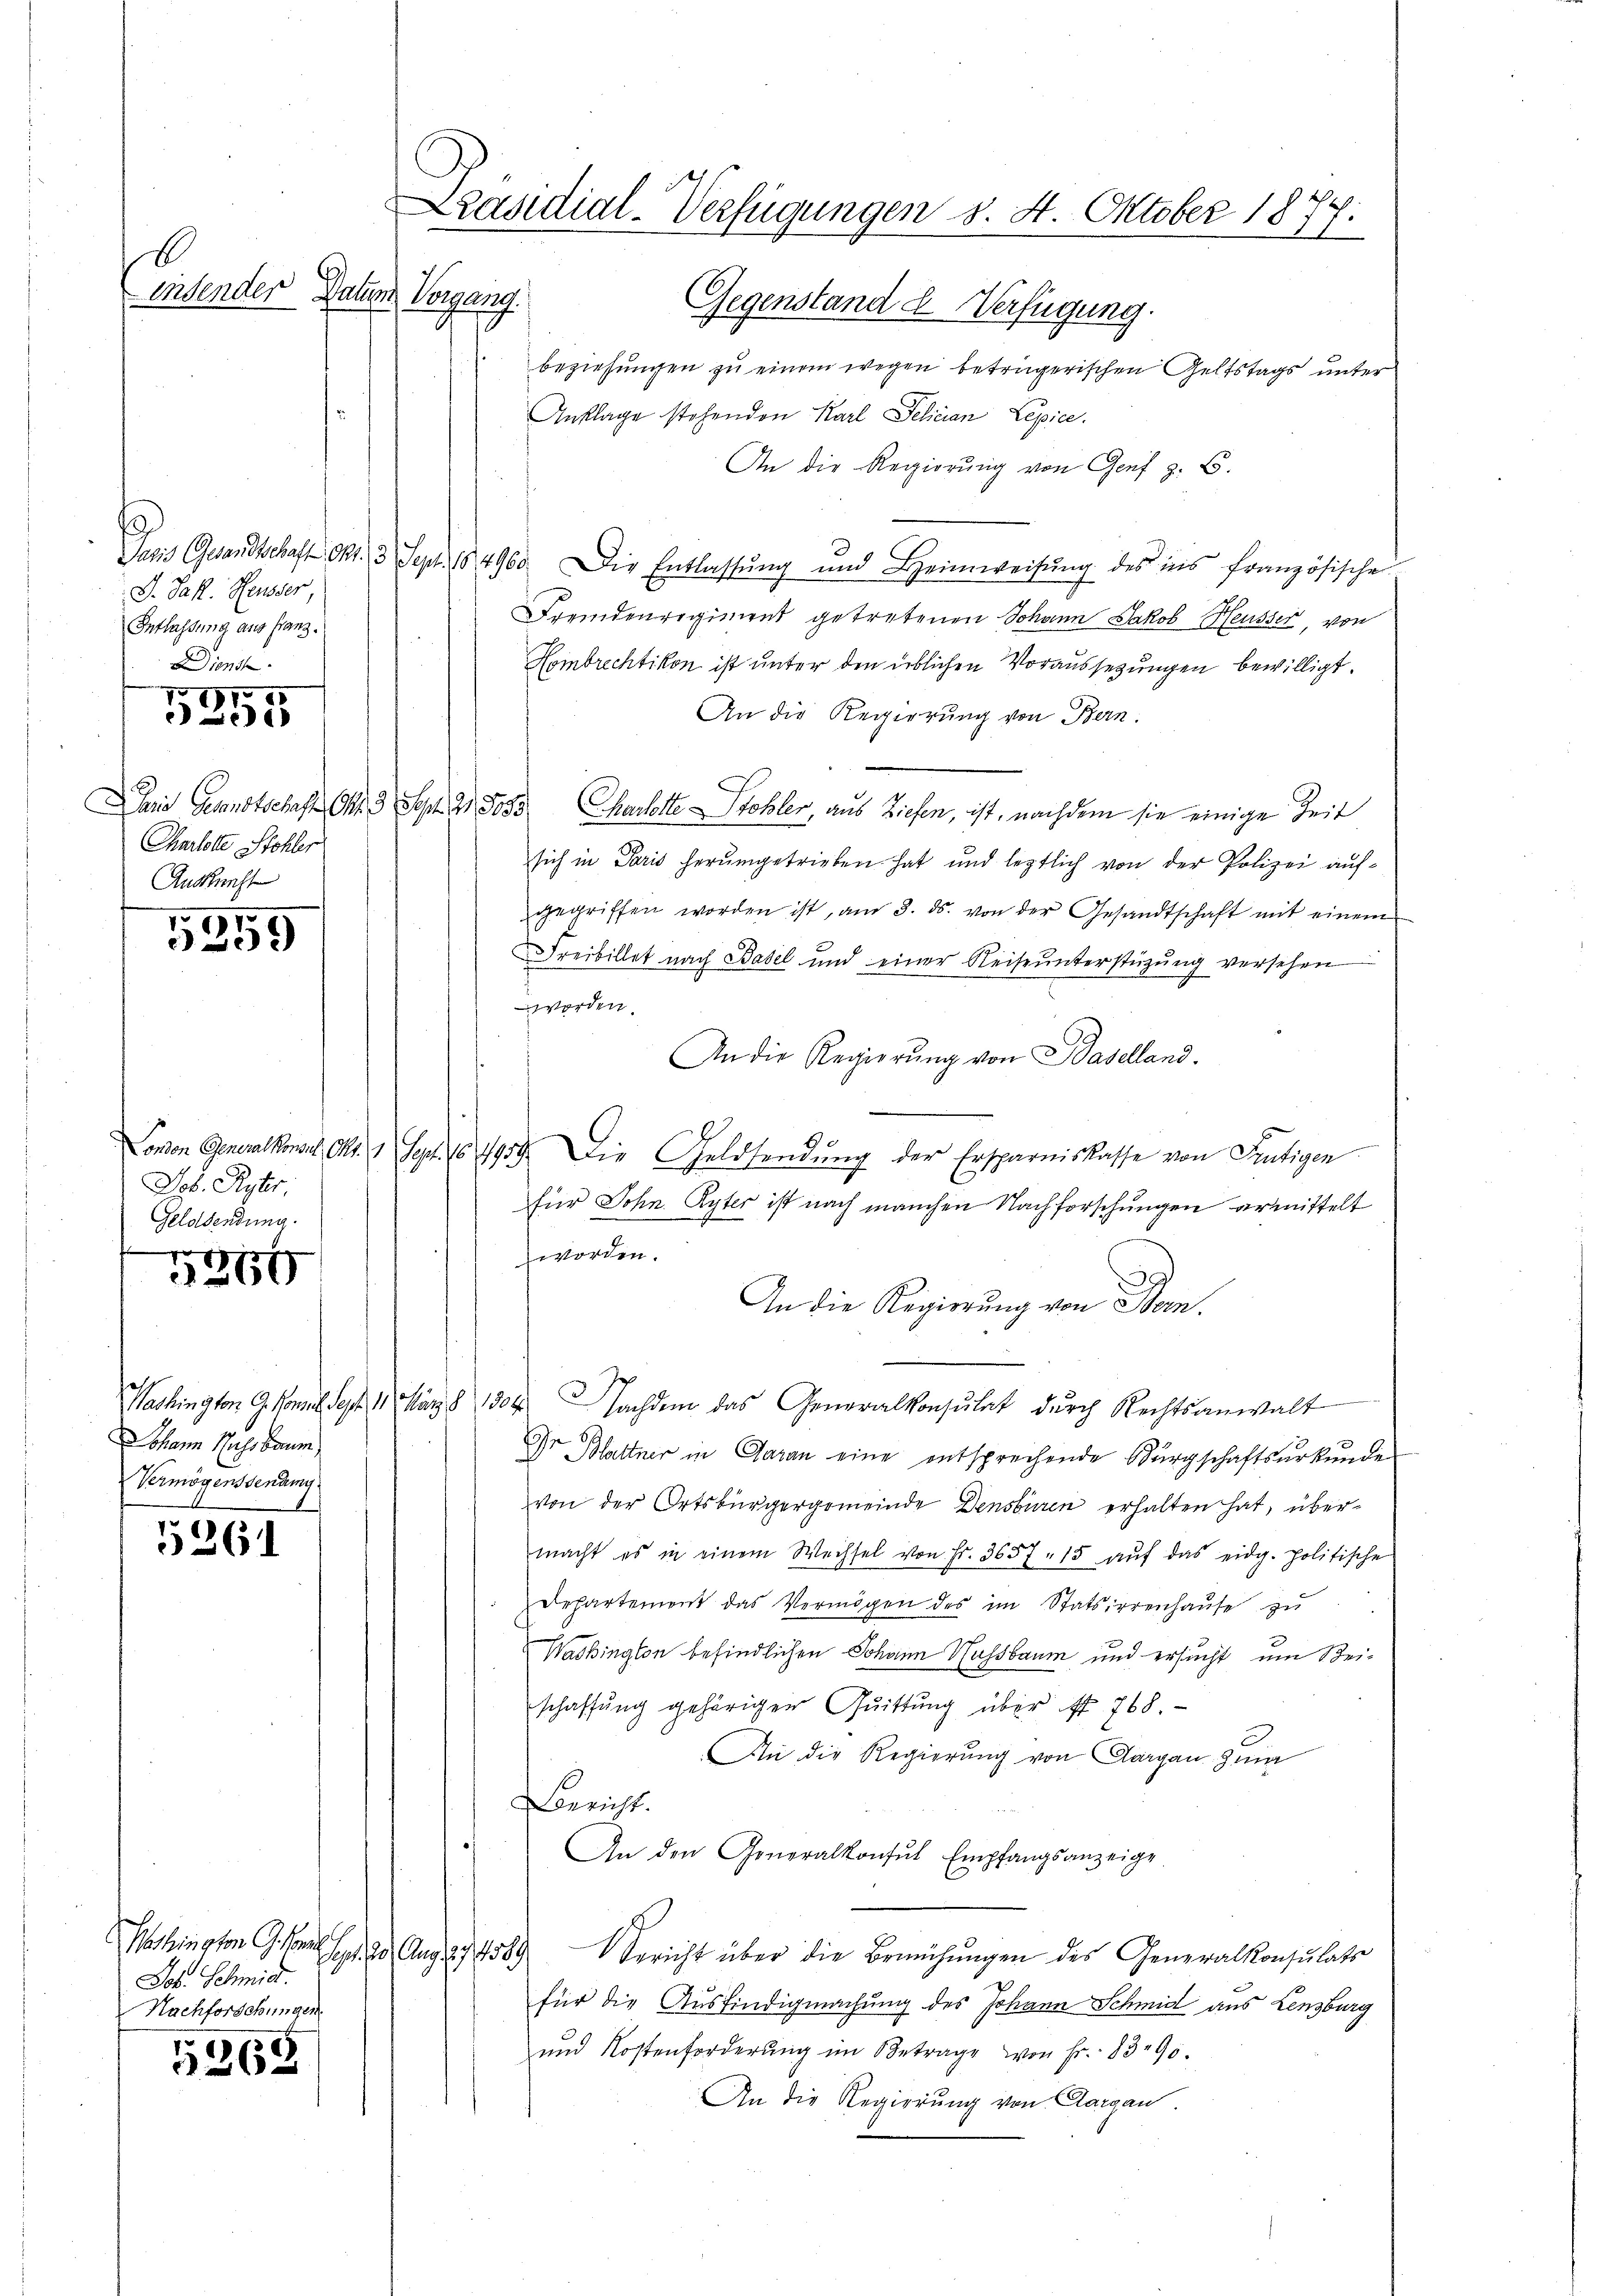
B

J. Jak. Heusser,
Entlassung aus Franz.
Dienst

11
2015

Charlotte Stohler
Auskunft

5359

London Generalkonst, Art. 19 Sept. 164959
Job. Ryter.
Geldsendung.

5856

Johann Hass Baum
Vermögenssenumg

5261

Job. Schmid.
Nachforschungen.

5268

Präsidial-Verfügungen d. 4. Oktober 1877.
wisender Datum Vorgang.
Gegenstand d Verfügung.

beziehungen zu einem wegen betrügerischen Geltstags unter
Anklage stehenden Karl Felician Lepice.
An die Regierung von Genf z. B.
Jus Gesandtschaft Nr. 3 Sept. 184960. Die Entlassŭng und Heimweisŭng des ins französische
Fremdenregiment getretenen Johann Jakob Heusser, von
Hombrechtikon ist unter den üblichen Voraussetzungen bewilligt.
An die Regierung von Bern.
Dans Gesandtschaft Ohr 3 Sept. 1833. Charlotte Stohler, aus Ziehen, ist, nachdem sie einige Zeit
sich in Paris herumgetrieben hat und legtlich von der Polizei aufgegriffen worden ist, am 3. ds. von der Gesandtschaft mit einem
Freibillet nach Basel und einer Reiseŭnterstüzŭng versehen
worden.
An die Regierŭng von Baselland.
Die Geldsendŭng der Ersparniskasse von Frutigen
für John Ryter ist nach manchen Nachforschungen ermittelt
worden.
An die Regierung von Born.
Washington G. Komit Sept. 11. März 1304. Nachdem das Generalkonsulat dŭrch Rechtsanwalt
d
Dr Blattner in Garan eine entsprechende Bürgschaftsurkundes
von der Ortsbürgergemeinde Densburen erhalten hat, übermacht es in einem Wechsel von Fr. 3657 - 15 aŭf das eidg. politische
Departement das Vermögen des im Statsirrenhaŭse zŭ
Washington befindlichen Johann Hussbaum und ersucht, um Bei-
schaffung gehöriger Quittung über ff. 768.
An die Regierung von Aargau hina
Bericht.
An den Generalkonsul Empfangsanzeige.
Washington G. S. 20. Aug. 174589. Bericht über die Bemühungen des Generalkonsulats
für die Ausfindigmachung des Johann Schmid aus Lenzburg
und Kostenforderŭng im Betrage von Fr. 83. 90.
An die Regierung von Aargau.